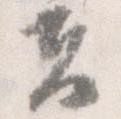
夫